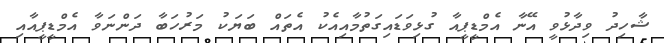
ޝާހިދު ވިދާޅުވީ އޭނާ އެމްޑީޕީއާ ގުޅިވަޑައިގަތުމާއިއެކު އެތައް ބަޔަކު މަރުހަބާ ދަންނަވާ އެމްޑީޕީއާއި